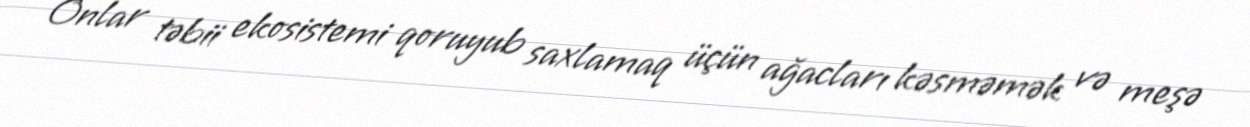
Onlar təbii ekosistemi qoruyub saxlamaq üçün ağacları kəsməmək və meşə